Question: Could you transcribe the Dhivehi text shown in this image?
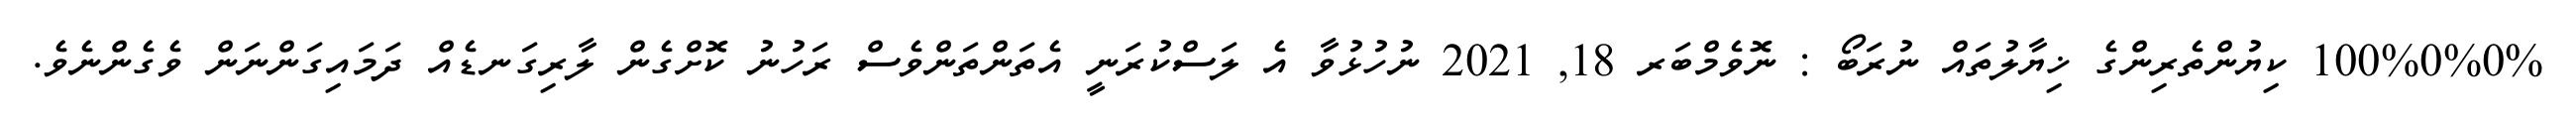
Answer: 100%0%0% ކިޔުންތެރިންގެ ޚިޔާލުތައް ނުރަބޯ : ނޮވެމްބަރ 18, 2021 ނުހުޅުވާ އެ ލަސްކުރަނީ އެތަންތަންވެސް ރަހުނު ކޮށްގެން ލާރިގަނޑެއް ދަމައިގަންނަން ވެގެންނެވެ.